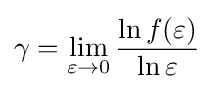
\gamma =\lim _{\varepsilon \to 0}{\frac {\ln f(\varepsilon )}{\ln \varepsilon }}